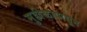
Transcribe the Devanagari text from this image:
मुहीळापासून